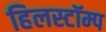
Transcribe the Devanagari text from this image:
हिलस्टॉम्प